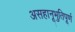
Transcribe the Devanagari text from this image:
असहानूभुतिपूर्ण